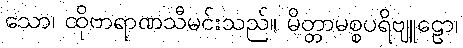
သော၊ ထိုဗာရာဏသီမင်းသည်။ မိတ္တာမစ္စပရိဗျူဠော၊